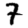
Digit: 7